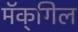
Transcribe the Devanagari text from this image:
मॅक्‌गिल